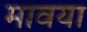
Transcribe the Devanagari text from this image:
मावया